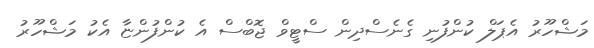
މަޝްހޫރު އެޕަލް ކުންފުނި ގެނެސްދިން ސްޓީވް ޖޮބްސް އެ ކުންފުންޏާ އެކު މަޝްހޫރު